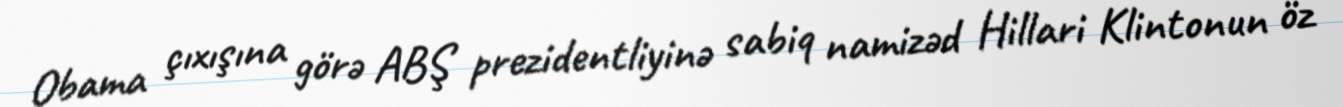
Obama çıxışına görə ABŞ prezidentliyinə sabiq namizəd Hillari Klintonun öz